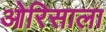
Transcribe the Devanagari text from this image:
ओरिसाला